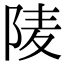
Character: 𨹧